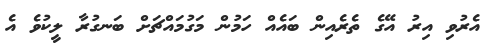
އެރުވި އިރު އޭގެ ތެރެއިން ބައެއް ހަމުން މަގުމައްޗަށް ބަނގުރާ ލީކުވެ އެ